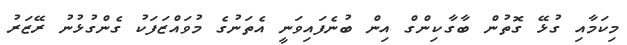
މިކަމާއި ގުޅޭ ގޮތުން ބާގާކިންގް އިން ބުނެފައިވަނީ އެތަނުގެ މުވައްޒަފަކު ގެންގުޅުނު ރޭޒަރު